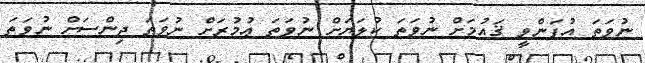
ނުވަތަ އުފަންވީ ޤައުމަށް ނުވަތަ ކުލަޔަށް ނުވަތަ ޢުމުރަށް ނުވަތަ ޖިންސަށް ނުވަތަ